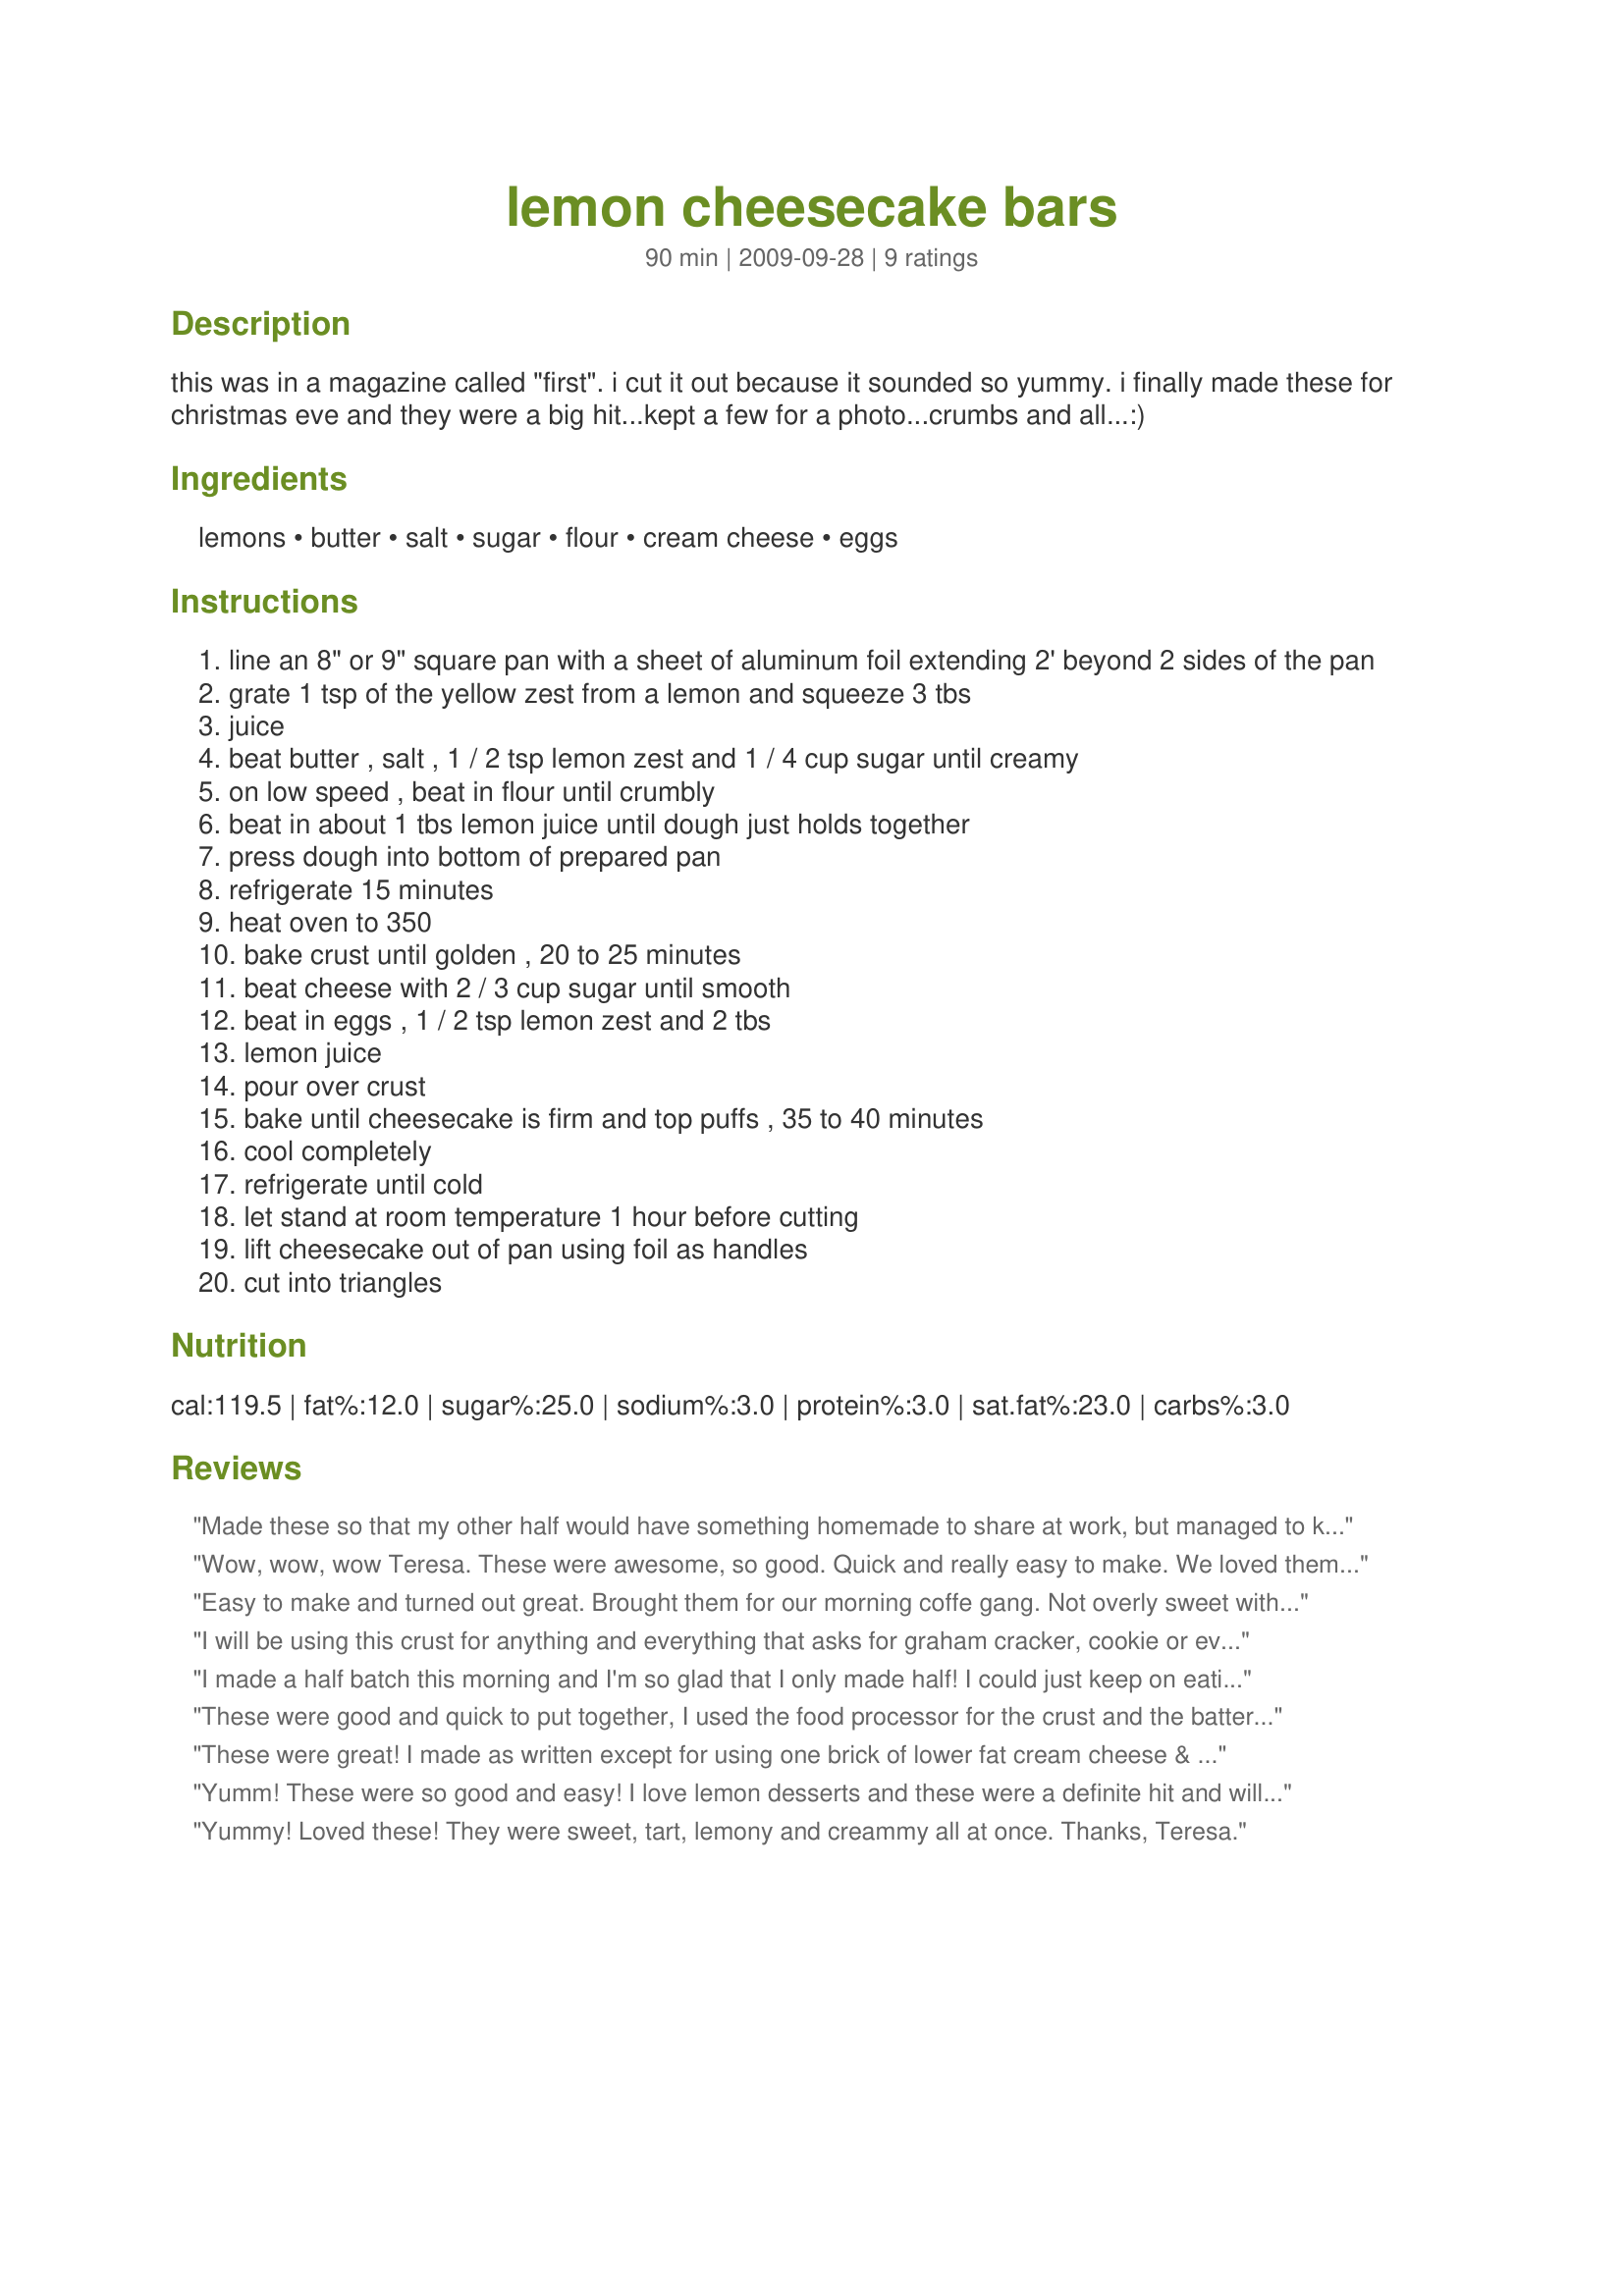
lemon cheesecake bars
Preparation time: 90 minutes

this was in a magazine called "first". i cut it out because it sounded so yummy. i finally made these for christmas eve and they were a big hit...kept a few for a photo...crumbs and all...:)

Ingredients:
lemons, butter, salt, sugar, flour, cream cheese, eggs

Steps:
line an 8" or 9" square pan with a sheet of aluminum foil extending 2' beyond 2 sides of the pan
grate 1 tsp of the yellow zest from a lemon and squeeze 3 tbs
juice
beat butter , salt , 1 / 2 tsp lemon zest and 1 / 4 cup sugar until creamy
on low speed , beat in flour until crumbly
beat in about 1 tbs lemon juice until dough just holds together
press dough into bottom of prepared pan
refrigerate 15 minutes
heat oven to 350
bake crust until golden , 20 to 25 minutes
beat cheese with 2 / 3 cup sugar until smooth
beat in eggs , 1 / 2 tsp lemon zest and 2 tbs
lemon juice
pour over crust
bake until cheesecake is firm and top puffs , 35 to 40 minutes
cool completely
refrigerate until cold
let stand at room temperature 1 hour before cutting
lift cheesecake out of pan using foil as handles
cut into triangles

Reviews:
Made these so that my other half would have something homemade to share at work, but managed to keep 10 of these TASTY COOKIES right here at home! Actually they didn't 'keep' very well at all, 'cause they were gone in no time! These are now a great, new lemon 'fix' for me! Thanks for sharing the recipe! [Tagged, made & reviewed in Please Review My Recipe]
Wow, wow, wow Teresa. These were awesome, so good. Quick and really easy to make. We loved them. I made 1/2 the recipe for the two of us, wishing that I would have made the whole recipe, next time and there will be a next time. The tart lemon flavor is nestled in creamy cheesecake goodness. The bars really satisfied the cheesecake craving we were having, without all the calories and fuss. The lemon flavor is soft and subtle and the shortbread crust is excellent, crispy and perfect. Thank you for sharing your lovely recipe. It was the perfect ending to our wonderful Jamaican feast. Made FYC Tag Game 2015.
Easy to make and turned out great. Brought them for our morning coffe gang. Not overly sweet with a great lemon flavor. Lemon desserts are one of my favorites. I'll be making these again.
I will be using this crust for anything and everything that asks for graham cracker, cookie or even some pastry pie crusts. One lemon did the trick when it was and rolled it under the palm of my hand to loosen up the juice before zesting and squeezing. The cheesecake was full of flavor and will definitely be made again. I do prefer more of a &#039;New York&#039; style,more dry than moist like this. To be fair, I live just blocks from the Pacific Ocean and that seems to add moisture to everything I bake. I munched down a quarter of it, before I even considered sharing.
I made a half batch this morning and I'm so glad that I only made half! I could just keep on eating these lovely things. Used Splenda and 95% fat free cream cheese so I don't feel as guilty as I could have, lol. Wonderful creamy goodness in a bar. It you like lemon you just can't go wrong with this recipe.
These were good and quick to put together, I used the food processor for the crust and the batter for one &quot;bowl&quot; quick prep. I wanted something lemon and wanted to try something different from the usual lemon bars. I have yet to taste any better bar than Recipe #27841, but these were nice with a cheesecake twist. I think I would&#039;ve preferred more lemon, it just didn&#039;t come through as much as I had wanted or perhaps cutting the sugar in the filling may have allowed more tartness to come through. Regardless, they were creamy goodness. Tip: Run a knife around the edge after baking to avoid cracks in your cheesecake as it cools. I did not line the pan with foil; only sprayed with cooking spray. All times were on point, this was enjoyed by all and went quick.
These were great! I made as written except for using one brick of lower fat cream cheese & 1 reg. and then doubled the lemon zest in the crust. I baked mine in an 8" pan and I liked having a taller amount of the cheesecake. I don't consider these cookies, it's just a nice, easy to make cheesecake. The texture is not too creamy or too dry which was a perfect compromise as I like a creamy cheese cake and DH like NY style. He especially loved the crust as he doesn't care much for graham cracker ones. I'll definitely be making these again! Made for PRMRT.
Yumm! These were so good and easy! I love lemon desserts and these were a definite hit and will be made again.
Yummy! Loved these! They were sweet, tart, lemony and creammy all at once. Thanks, Teresa.
